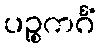
ပဉ္စကင်္ဂံ